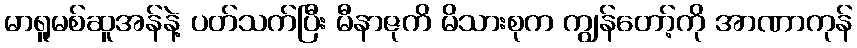
မာရူမစ်ဆူအန်နဲ့ ပတ်သက်ပြီး မီနာဇုကိ မိသားစုက ကျွန်တော့်ကို အာဏာကုန်